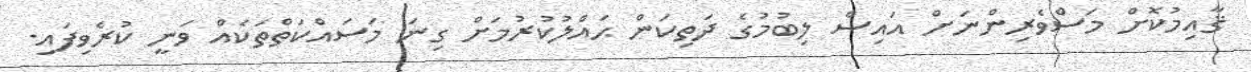
ޤާއިމުކޮށް މަސްވެރިންނަށް އައިސް ލިބުމުގެ ދަތިކަން ޙައްލުކުރުމަށް ގިނަ މަސައްކަތްތަކެއް ވަނީ ކުރެވިފައި.